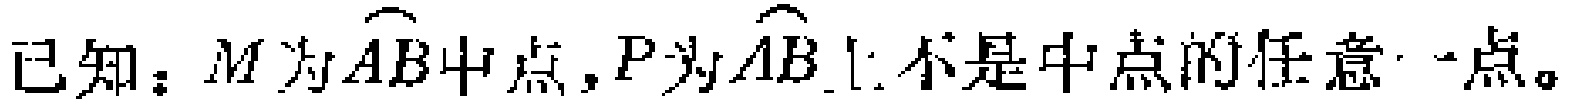
已知：$M$为$\overset{\frown}{AB}$中点，$P$为$\overset{\frown}{AB}$上不是中点的任意一点。